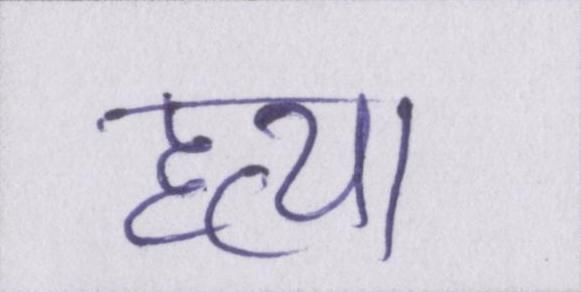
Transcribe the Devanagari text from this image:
हत्या